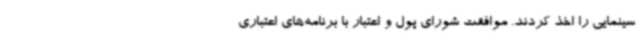
سینمایی را اخذ کردند. موافقت شورای پول و اعتبار با برنامه‌های اعتباری